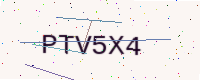
Text: PTV5X4